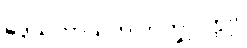
ဒွေသဟာယက ဘိက္ခုဝတ္ထု။